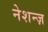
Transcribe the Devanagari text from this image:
नेशन्ज़